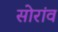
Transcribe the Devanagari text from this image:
सोरांव